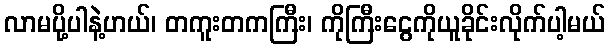
လာမပို့ပါနဲ့ဟယ်၊ တကူးတကကြီး၊ ကိုကြီးငွေကိုယူခိုင်းလိုက်ပါ့မယ်